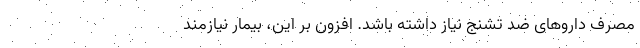
مصرف داروهای ضد تشنج نیاز داشته باشد. افزون بر این، بیمار نیازمند